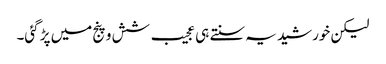
لیکن خورشید یہ سنتے ہی عجیب شش و پنج میں پڑ گئی۔